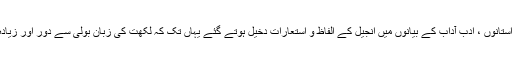
عبادتوں ، مذہبی داستانوں ، ادب آداب کے بیانوں میں انجیل کے الفاظ و استعارات دخیل ہوتے گئے یہاں تک کہ لکھت کی زبان بولی سے دور اور زیادہ شائستہ بنتی گئی۔